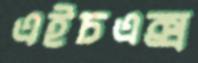
এইচএক্স